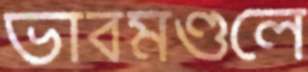
ভাবমণ্ডলে